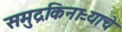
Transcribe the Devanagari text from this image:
समुद्रकिनाऱ्याचे